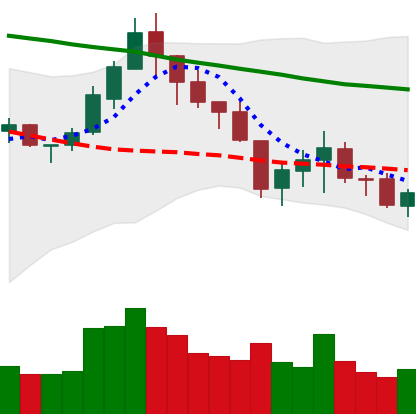
Ticker: LTC-USD
Chart end date: 2018-05-18
Forward return: -12.306%
Label: down_7plus